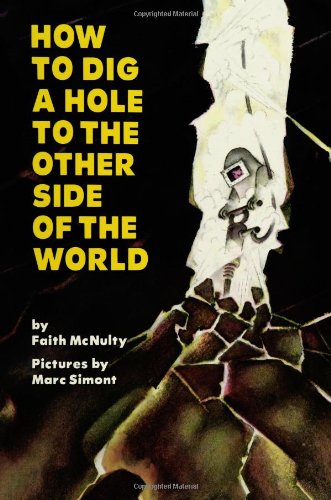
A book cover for How to Dig a Hole to the Other Side of the World; Faith McNulty; Children's Books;